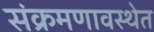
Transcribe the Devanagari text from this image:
संक्रमणावस्थेत